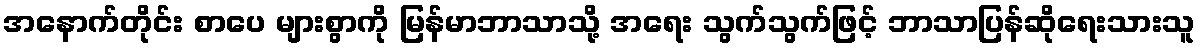
အနောက်တိုင်း စာပေ များစွာကို မြန်မာဘာသာသို့ အရေး သွက်သွက်ဖြင့် ဘာသာပြန်ဆိုရေးသားသူ